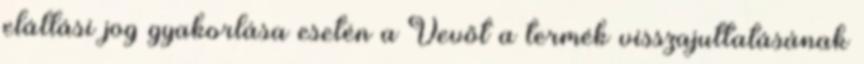
elállási jog gyakorlása esetén a Vevőt a termék visszajuttatásának